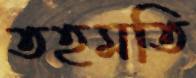
তহমতি